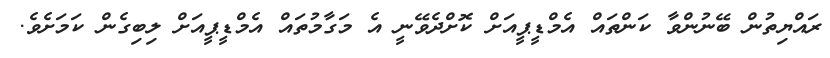
ރައްޔިތުން ބޭނުންވާ ކަންތައް އެމްޑީޕީއަށް ކޮށްދެވޭނީ އެ މަގާމުތައް އެމްޑީޕީއަށް ލިބިގެން ކަމަށެވެ.